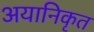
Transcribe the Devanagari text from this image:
अयानिकृत